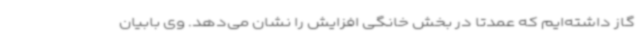
گاز داشته‌ایم که عمدتاً در بخش خانگی افزایش را نشان می‌دهد. وی بابیان